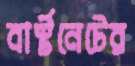
বার্স্টনেটের